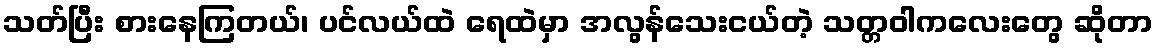
သတ်ပြီး စားနေကြတယ်၊ ပင်လယ်ထဲ ရေထဲမှာ အလွန်သေးငယ်တဲ့ သတ္တဝါကလေးတွေ ဆိုတာ